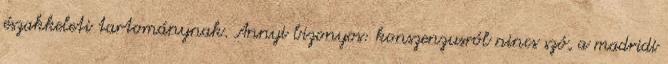
északkeleti tartománynak. Annyi bizonyos: konszenzusról nincs szó, a madridi